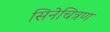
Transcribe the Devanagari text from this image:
सिनेचित्रण